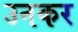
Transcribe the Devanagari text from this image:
उनकर